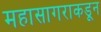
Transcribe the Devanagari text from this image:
महासागराकडून